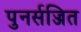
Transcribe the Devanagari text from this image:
पुनर्सज्जित